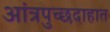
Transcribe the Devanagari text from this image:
आंत्रपुच्छदाहात